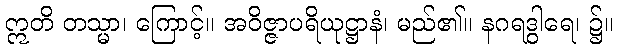
ဣတိ တသ္မာ၊ ကြောင့်။ အဝိဇ္ဇာပရိယုဋ္ဌာနံ၊ မည်၏။ နဂရဒွါရေ၊ ၌။